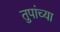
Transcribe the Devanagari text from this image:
तुपांच्या